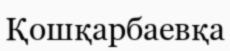
Қошқарбаевқа